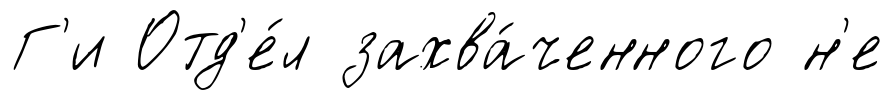
Г'и Отд'е́л захва́ченного н'е